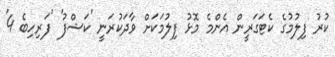
ކުރު ފިލުމުގެ ކެޓަގަރީން އެންމެ މޮޅު ފިލުމަކަށް ވާދަކުރަނީ 'ކަޝްފު' 'ފަރިހިބެ 4'